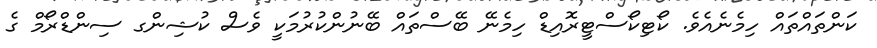
ކަންތައްތައް ހިމެނެއެވެ. ކޯޓިކޯސްޓީރޮއިޑް ހިމެނޭ ބޭސްތައް ބޭނުންކުރުމަކީ ވެސް ކުޝިންގ ސިންޑްރޯމް ގެ